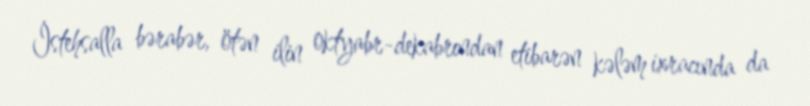
İstehsalla bərabər, ötən ilin oktyabr-dekabrından etibarən kələm ixracında da